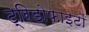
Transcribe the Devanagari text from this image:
ट्रिडोफाइटों